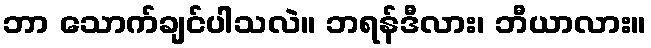
ဘာ သောက်ချင်ပါသလဲ။ ဘရန်ဒီလား၊ ဘီယာလား။